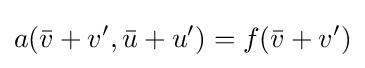
a({\bar {v}}+v',{\bar {u}}+u')=f({\bar {v}}+v')